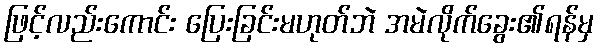
ဖြင့်လည်းကောင်း ပြေးခြင်းမဟုတ်ဘဲ အမဲလိုက်ခွေး၏ရန်မှ